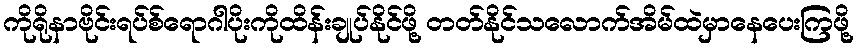
ကိုရိုနာဗိုင်းရပ်စ်ရောဂါပိုးကိုထိန်းချုပ်နိုင်ဖို့ တတ်နိုင်သလောက်အိမ်ထဲမှာနေပေးကြဖို့